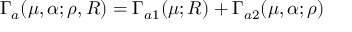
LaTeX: \Gamma _ { a } ( \mu , \alpha ; \rho , { \cal R } ) = \Gamma _ { a 1 } ( \mu ; { \cal R } ) + \Gamma _ { a 2 } ( \mu , \alpha ; \rho )